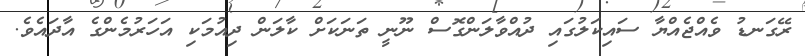
ރޭގަނޑު ވެއްޖެއްޔާ ސައިކަލުގައި ދުއްވާލަންގޮސް ނޫނީ ތަނަކަށް ކާލަން ދިއުމަކި އަހަރުމެންގެ އާދައެވެ.